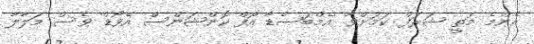
އެންމެ މަތީ ޝަރަފް ކަމަށްވާ 'އެމްބަސެޑާ އޮފް ކޮންޝަންސް އެވޯޑް' ވެސް މަލާލާ